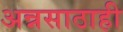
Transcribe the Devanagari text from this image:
अन्नसाठाही